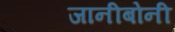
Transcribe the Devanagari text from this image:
जानीबोनी